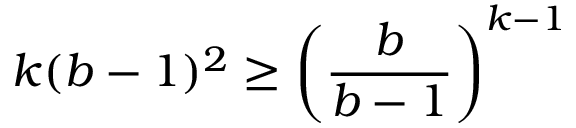
k ( b - 1 ) ^ { 2 } \geq { \left( { \frac { b } { b - 1 } } \right) } ^ { k - 1 }